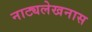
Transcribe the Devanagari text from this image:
नाट्यलेखनास